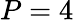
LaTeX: P=4